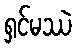
ရှင်မဿဲ